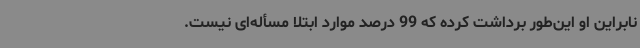
نابراین او این‌طور برداشت کرده که 99 درصد موارد ابتلا مسأله‌ای نیست.